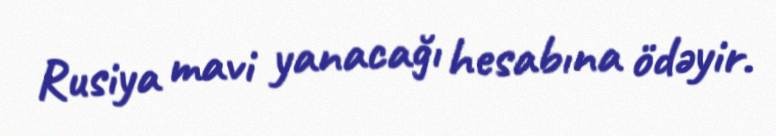
Rusiya mavi yanacağı hesabına ödəyir.